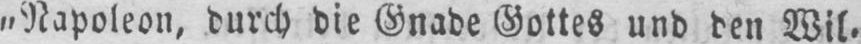
»Napoleon, durch die Gnade Gottes und den Wil⸗